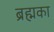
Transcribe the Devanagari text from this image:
ब्रह्मका